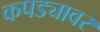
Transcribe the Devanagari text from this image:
कपड्यावर